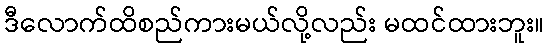
ဒီလောက်ထိစည်ကားမယ်လို့လည်း မထင်ထားဘူး။